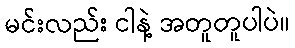
မင်းလည်း ငါနဲ့ အတူတူပါပဲ။